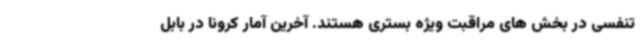
تنفسی در بخش های مراقبت ویژه بستری هستند. آخرین آمار کرونا در بابل